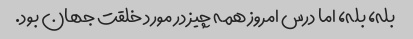
بله، بله، اما درس امروز همه چیز در مورد خلقت جهان بود.